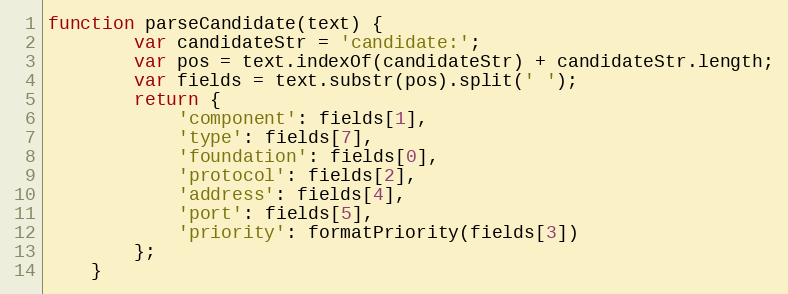
Language: JavaScript
function parseCandidate(text) {
        var candidateStr = 'candidate:';
        var pos = text.indexOf(candidateStr) + candidateStr.length;
        var fields = text.substr(pos).split(' ');
        return {
            'component': fields[1],
            'type': fields[7],
            'foundation': fields[0],
            'protocol': fields[2],
            'address': fields[4],
            'port': fields[5],
            'priority': formatPriority(fields[3])
        };
    }